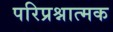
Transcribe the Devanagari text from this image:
परिप्रश्नात्मक